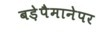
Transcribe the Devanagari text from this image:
बड़ेपैमानेपर